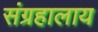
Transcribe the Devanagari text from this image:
संग्रहालाय